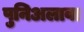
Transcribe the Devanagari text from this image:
पुनिअलावा